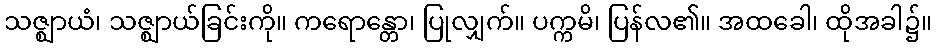
သဇ္ဈာယံ၊ သဇ္ဈာယ်ခြင်းကို။ ကရောန္တော၊ ပြုလျှက်။ ပက္ကမိ၊ ပြန်လ၏။ အထခေါ၊ ထိုအခါ၌။